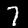
Digit: 7